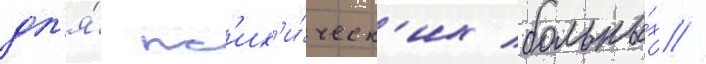
дл'я́ пс'их'и́ческ'их больны́х //